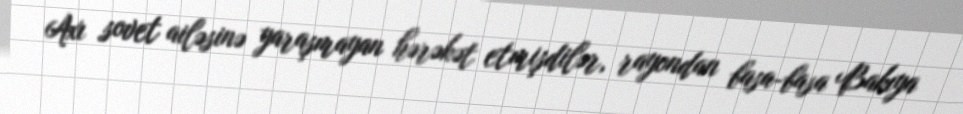
Axı sovet ailəsinə yaraşmayan hərəkət etmişdilər, rayondan basa-basa Bakıya